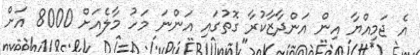
އެ ޖަމިއްޔާ އިން އަންދާޒާކުރާ ގޮތުގައި އަންނަ މަހު މާލެއަށް 8000 އަށް